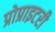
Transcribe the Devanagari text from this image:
प्रोप्राइटरी